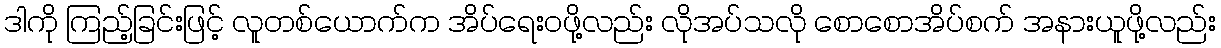
ဒါကို ကြည့်ခြင်းဖြင့် လူတစ်ယောက်က အိပ်ရေးဝဖို့လည်း လိုအပ်သလို စောစောအိပ်စက် အနားယူဖို့လည်း